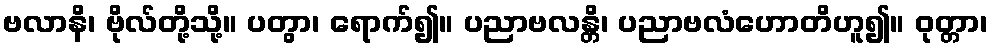
ဗလာနိ၊ ဗိုလ်တို့သို့။ ပတွာ၊ ရောက်၍။ ပညာဗလန္တိ၊ ပညာဗလံဟောတိဟူ၍။ ဝုတ္တာ၊